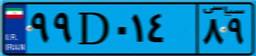
۹۹D۰۱۴۸۹